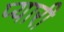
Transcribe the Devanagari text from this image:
प्‍यारी